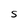
Character: S